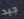
جيد